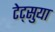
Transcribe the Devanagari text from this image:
टेट्सुया